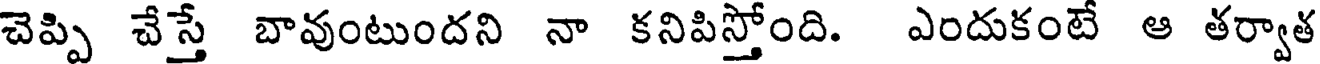
చెప్పి చేస్తే బావుంటుందని నా కనిపిస్తోంది. ఎందుకంటే ఆ తర్వాత